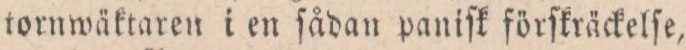
tornwäktaren i en ſådan paniſk förſkräckelſe